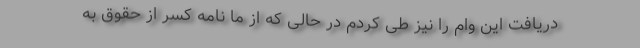
دریافت این وام را نیز طی کردم در حالی که از ما نامه کسر از حقوق به